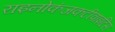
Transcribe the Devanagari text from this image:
राइनोकंजकटीवाइटिस